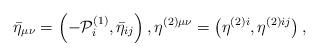
LaTeX: \begin{align*}\bar{\eta}_{\mu \nu }=\left( -{\cal P}_{i}^{(1)},\bar{\eta}_{ij}\right),\eta ^{(2)\mu \nu }=\left( \eta ^{(2)i},\eta ^{(2)ij}\right) , \end{align*}